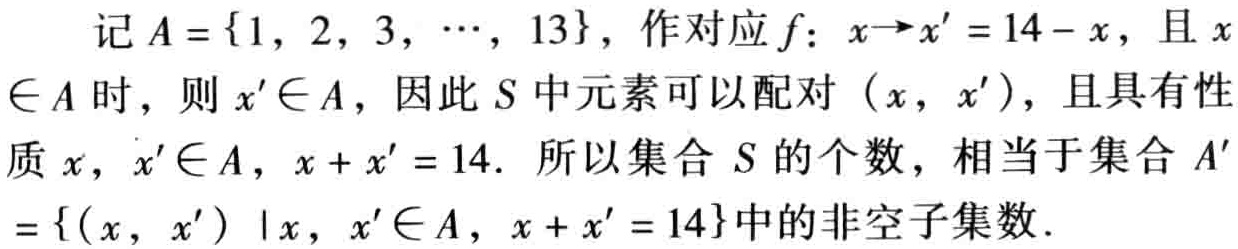
记\(A = \{1, 2, 3, \cdots, 13\}\)，作对应\(f\)：\(x\to x' = 14 - x\)，且\(x\in A\)时，则\(x'\in A\)，因此\(S\)中元素可以配对\((x, x')\)，且具有性质\(x, x'\in A\)，\(x + x' = 14\). 所以集合\(S\)的个数，相当于集合\(A'=\{(x, x')\mid x, x'\in A, x + x' = 14\}\)中的非空子集数.